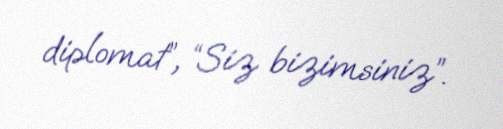
diplomat”, “Siz bizimsiniz”.